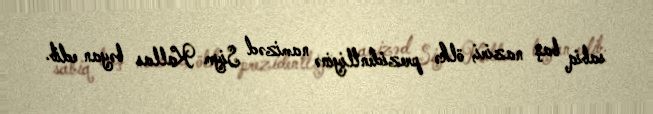
sabiq baş naziri, ölkə prezidentliyinə namizəd Siym Kallas bəyan edib.